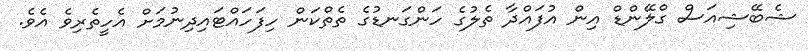
ޝެބޭޝިއަސް ގްލޭންޑް އިން އުފައްދާ ތެލުގެ ހަންގަނޑުގެ ތެތްކަން ހިފަހައްޓައިދިނުމަށް އެހީތެރިވެ އެވެ.